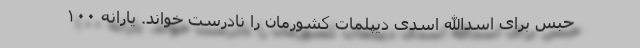
حبس برای اسدالله اسدی دیپلمات کشورمان را نادرست خواند. یارانه ۱۰۰